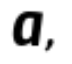
a,